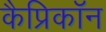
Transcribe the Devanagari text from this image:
कैप्रिकॉन